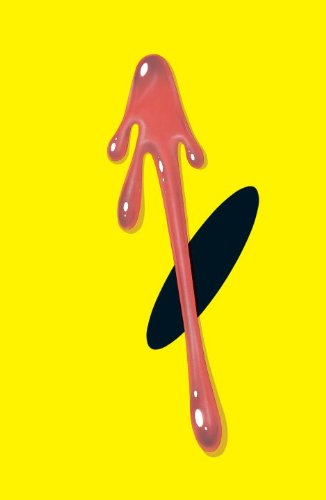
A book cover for Watchmen; Alan Moore; Comics & Graphic Novels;